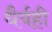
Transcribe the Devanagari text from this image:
धैर्यही